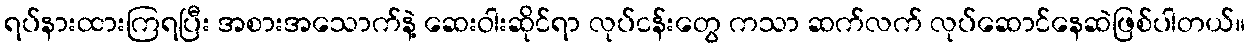
ရပ်နားထားကြရပြီး အစားအသောက်နဲ့ ဆေးဝါးဆိုင်ရာ လုပ်ငန်းတွေ ကသာ ဆက်လက် လုပ်ဆောင်နေဆဲဖြစ်ပါတယ်။